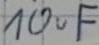
Text: 10uF